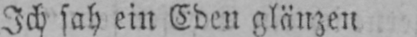
Ich sah ein Eden glänzen